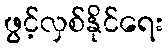
ဖွင့်လှစ်နိုင်ရေး